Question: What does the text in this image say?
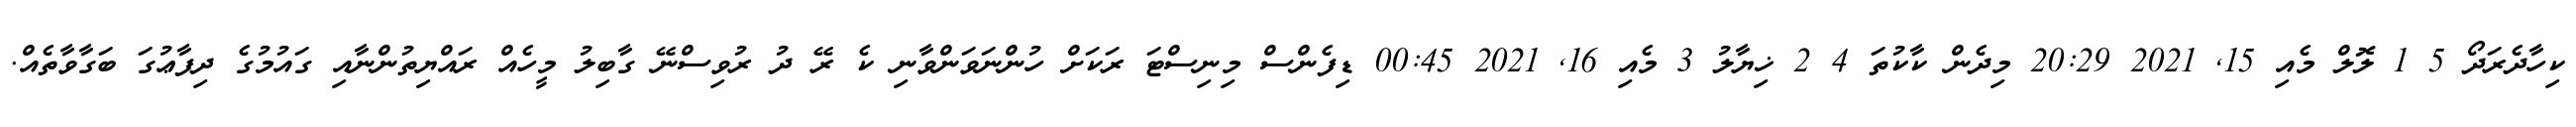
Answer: ކިހާދެރަދޯ 5 1 ލޮލް މެއި 15, 2021 20:29 މިދެން ކާކުތަ 4 2 ޚިޔާލު 3 މެއި 16, 2021 00:45 ޑިފެންސް މިނިސްޓަ ރަކަށް ހުންނަވަންވާނި ކެ ރޭ ދު ރުވިސްނޭ ގާބިލު މީހެއް ރައްޔިތުންނާއި ގައުމުގެ ދިފާޢުގަ ބަގާވާތެއް.